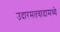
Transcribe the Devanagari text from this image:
उदारमतवादामध्ये